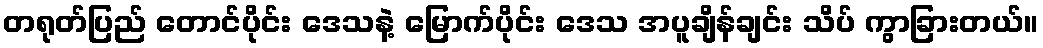
တရုတ်ပြည် တောင်ပိုင်း ဒေသနဲ့ မြောက်ပိုင်း ဒေသ အပူချိန်ချင်း သိပ် ကွာခြားတယ်။